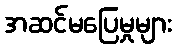
အဆင်မပြေမှုများ